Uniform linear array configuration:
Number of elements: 32
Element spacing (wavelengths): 1
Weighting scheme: hann
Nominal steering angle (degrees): -45
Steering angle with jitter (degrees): -45.925
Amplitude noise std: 0.05
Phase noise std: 0.05

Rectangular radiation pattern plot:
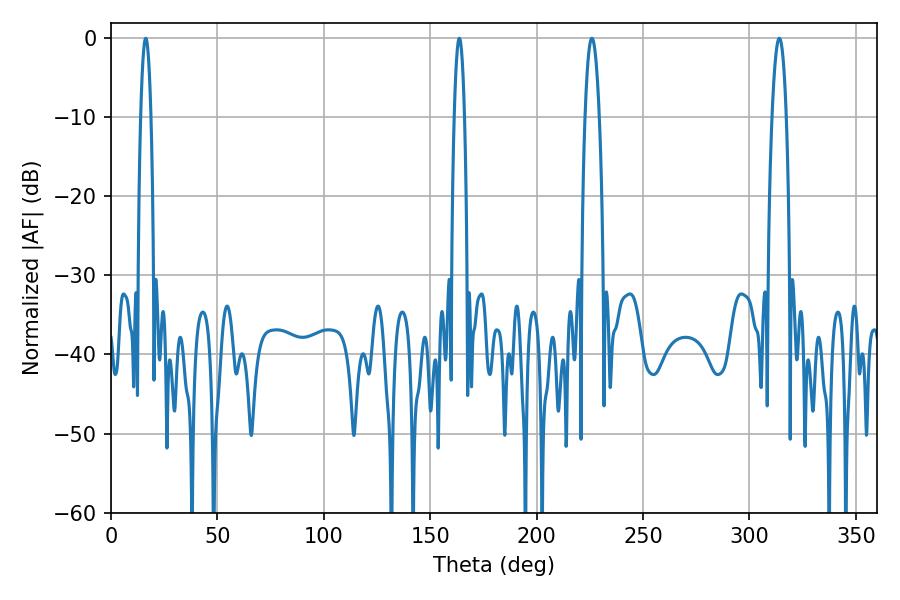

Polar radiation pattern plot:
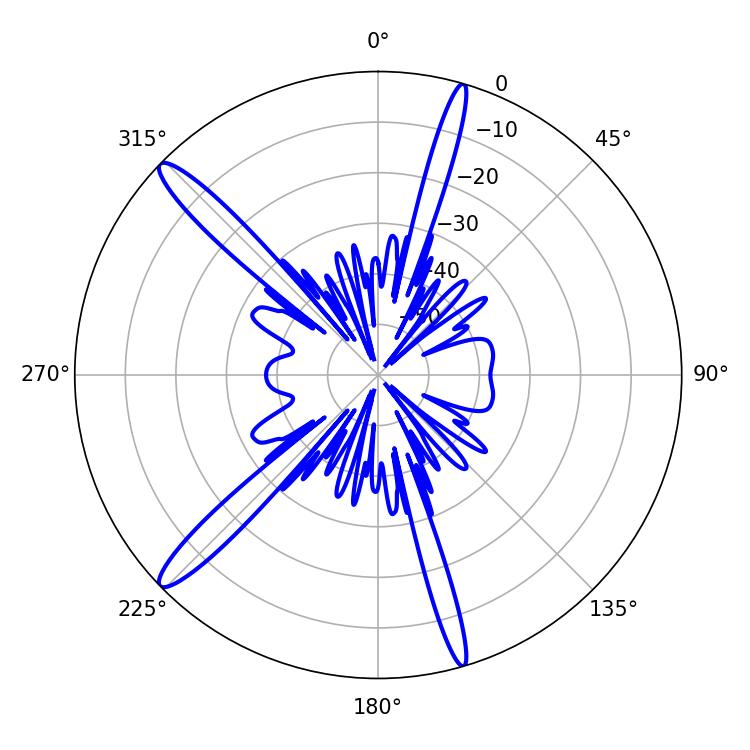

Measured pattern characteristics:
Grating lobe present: TRUE
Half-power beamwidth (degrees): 3.78
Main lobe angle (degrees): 225.9